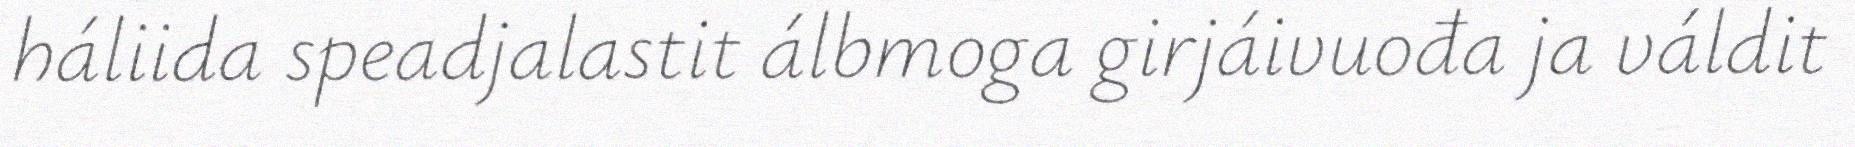
háliida speadjalastit álbmoga girjáivuođa ja váldit